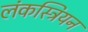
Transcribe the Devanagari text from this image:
लंकस्त्रियन